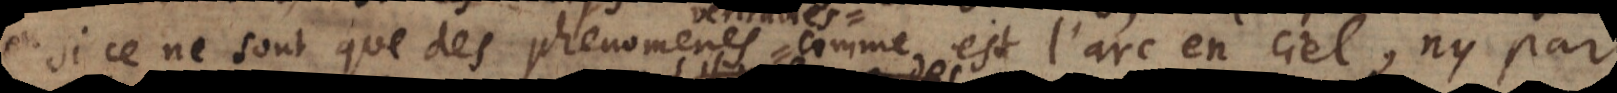
si ce ne sont que des phenomenes comme est l’arc en ciel, ny par